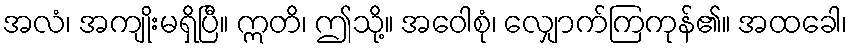
အလံ၊ အကျိုးမရှိပြီ။ ဣတိ၊ ဤသို့။ အဝေါစုံ၊ လျှောက်ကြကုန်၏။ အထခေါ၊